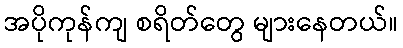
အပိုကုန်ကျ စရိတ်တွေ များနေတယ်။